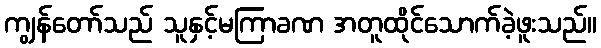
ကျွန်တော်သည် သူနှင့်မကြာခဏ အတူထိုင်သောက်ခဲ့ဖူးသည်။